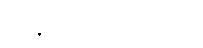
အနုသာသီယမာနော